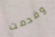
وقدمت